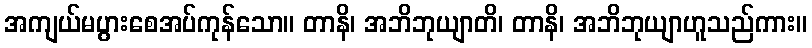
အကျယ်မပွားစေအပ်ကုန်သော။ တာနိ၊ အဘိဘုယျာတိ၊ တာနိ၊ အဘိဘုယျာဟူသည်ကား။